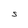
Character: S